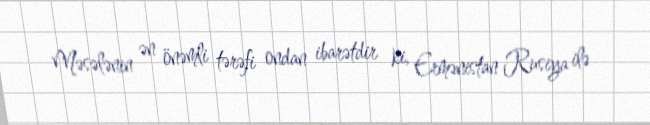
Məsələnin ən önəmli tərəfi ondan ibarətdir ki, Ermənistan Rusiya ilə